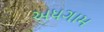
અધગામ